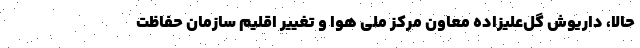
حالا، داریوش گل‌علیزاده معاون مرکز ملی هوا و تغییر اقلیم سازمان حفاظت